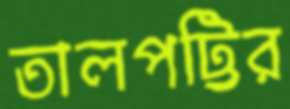
তালপট্টির